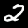
Label: 2